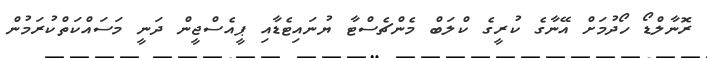
ރޮނާލްޑޯ ހޯދުމަށް އޭނާގެ ކުރީގެ ކްލަބް މެންޗެސްޓާ ޔުނައިޓެޑާއި ޕީއެސްޖީން ދަނީ މަސައްކަތްކުރަމުން